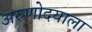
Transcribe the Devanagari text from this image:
अरुणोदयाला